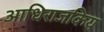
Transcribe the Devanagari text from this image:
आधिराजकिय